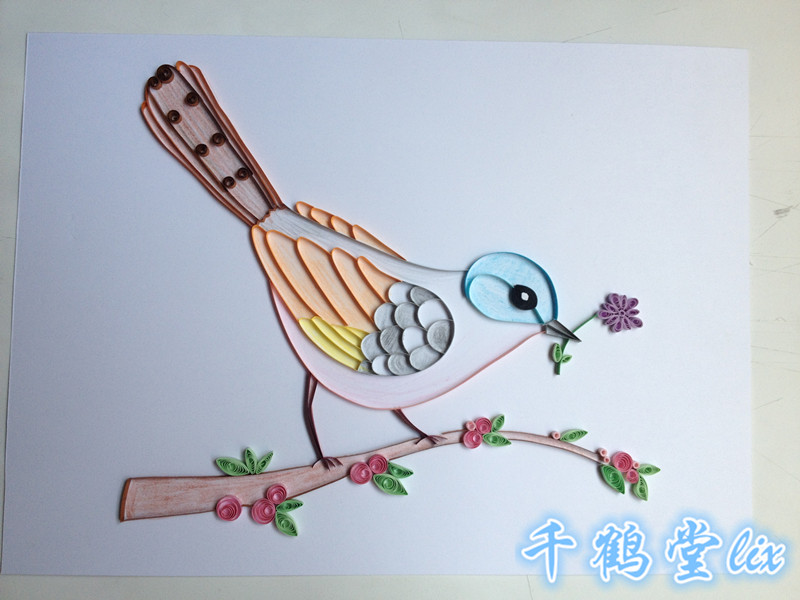
折花逢驿使，寄与陇头人。